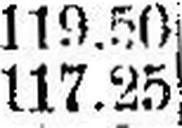
117.25